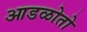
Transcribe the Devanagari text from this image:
आडळोतो